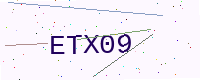
Text: ETX09